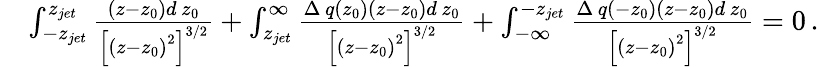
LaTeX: \begin{array}{rl}&{\int_{-z_{jet}}^{z_{jet}}\frac{\left(z-z_{0}\right)d\, z_{0}}{\left[\left(z-z_{0}\right)^{2}\right]^{3/2}}+\int_{z_{jet}}^{\infty}\frac{\Delta\, q(z_{0})\left(z-z_{0}\right)d\, z_{0}}{\left[\left(z-z_{0}\right)^{2}\right]^{3/2}}+\int_{-\infty}^{-z_{jet}}\frac{\Delta\, q(-z_{0})\left(z-z_{0}\right)d\, z_{0}}{\left[\left(z-z_{0}\right)^{2}\right]^{3/2}}=0\, .}\end{array}